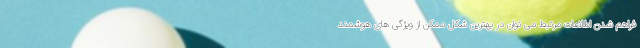
فراهم شدن اطلاعات مرتبط می توان در بهترین شکل ممکن از ویژگی های هوشمند